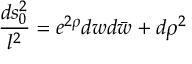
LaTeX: { \frac { d s _ { 0 } ^ { 2 } } { l ^ { 2 } } } = e ^ { 2 \rho } d w d \bar { w } + d \rho ^ { 2 }